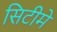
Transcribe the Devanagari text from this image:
सिटीमें